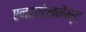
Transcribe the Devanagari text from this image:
एनटरटेनमेंन्ट